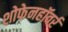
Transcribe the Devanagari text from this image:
शोफेनहॉवर्र